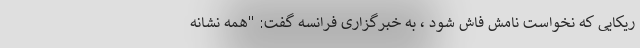
ریکایی که نخواست نامش فاش شود ، به خبرگزاری فرانسه گفت: "همه نشانه